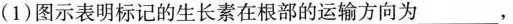
(1)图示表明标记的生长素在根部的运输方向为 ___，